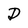
Character: D